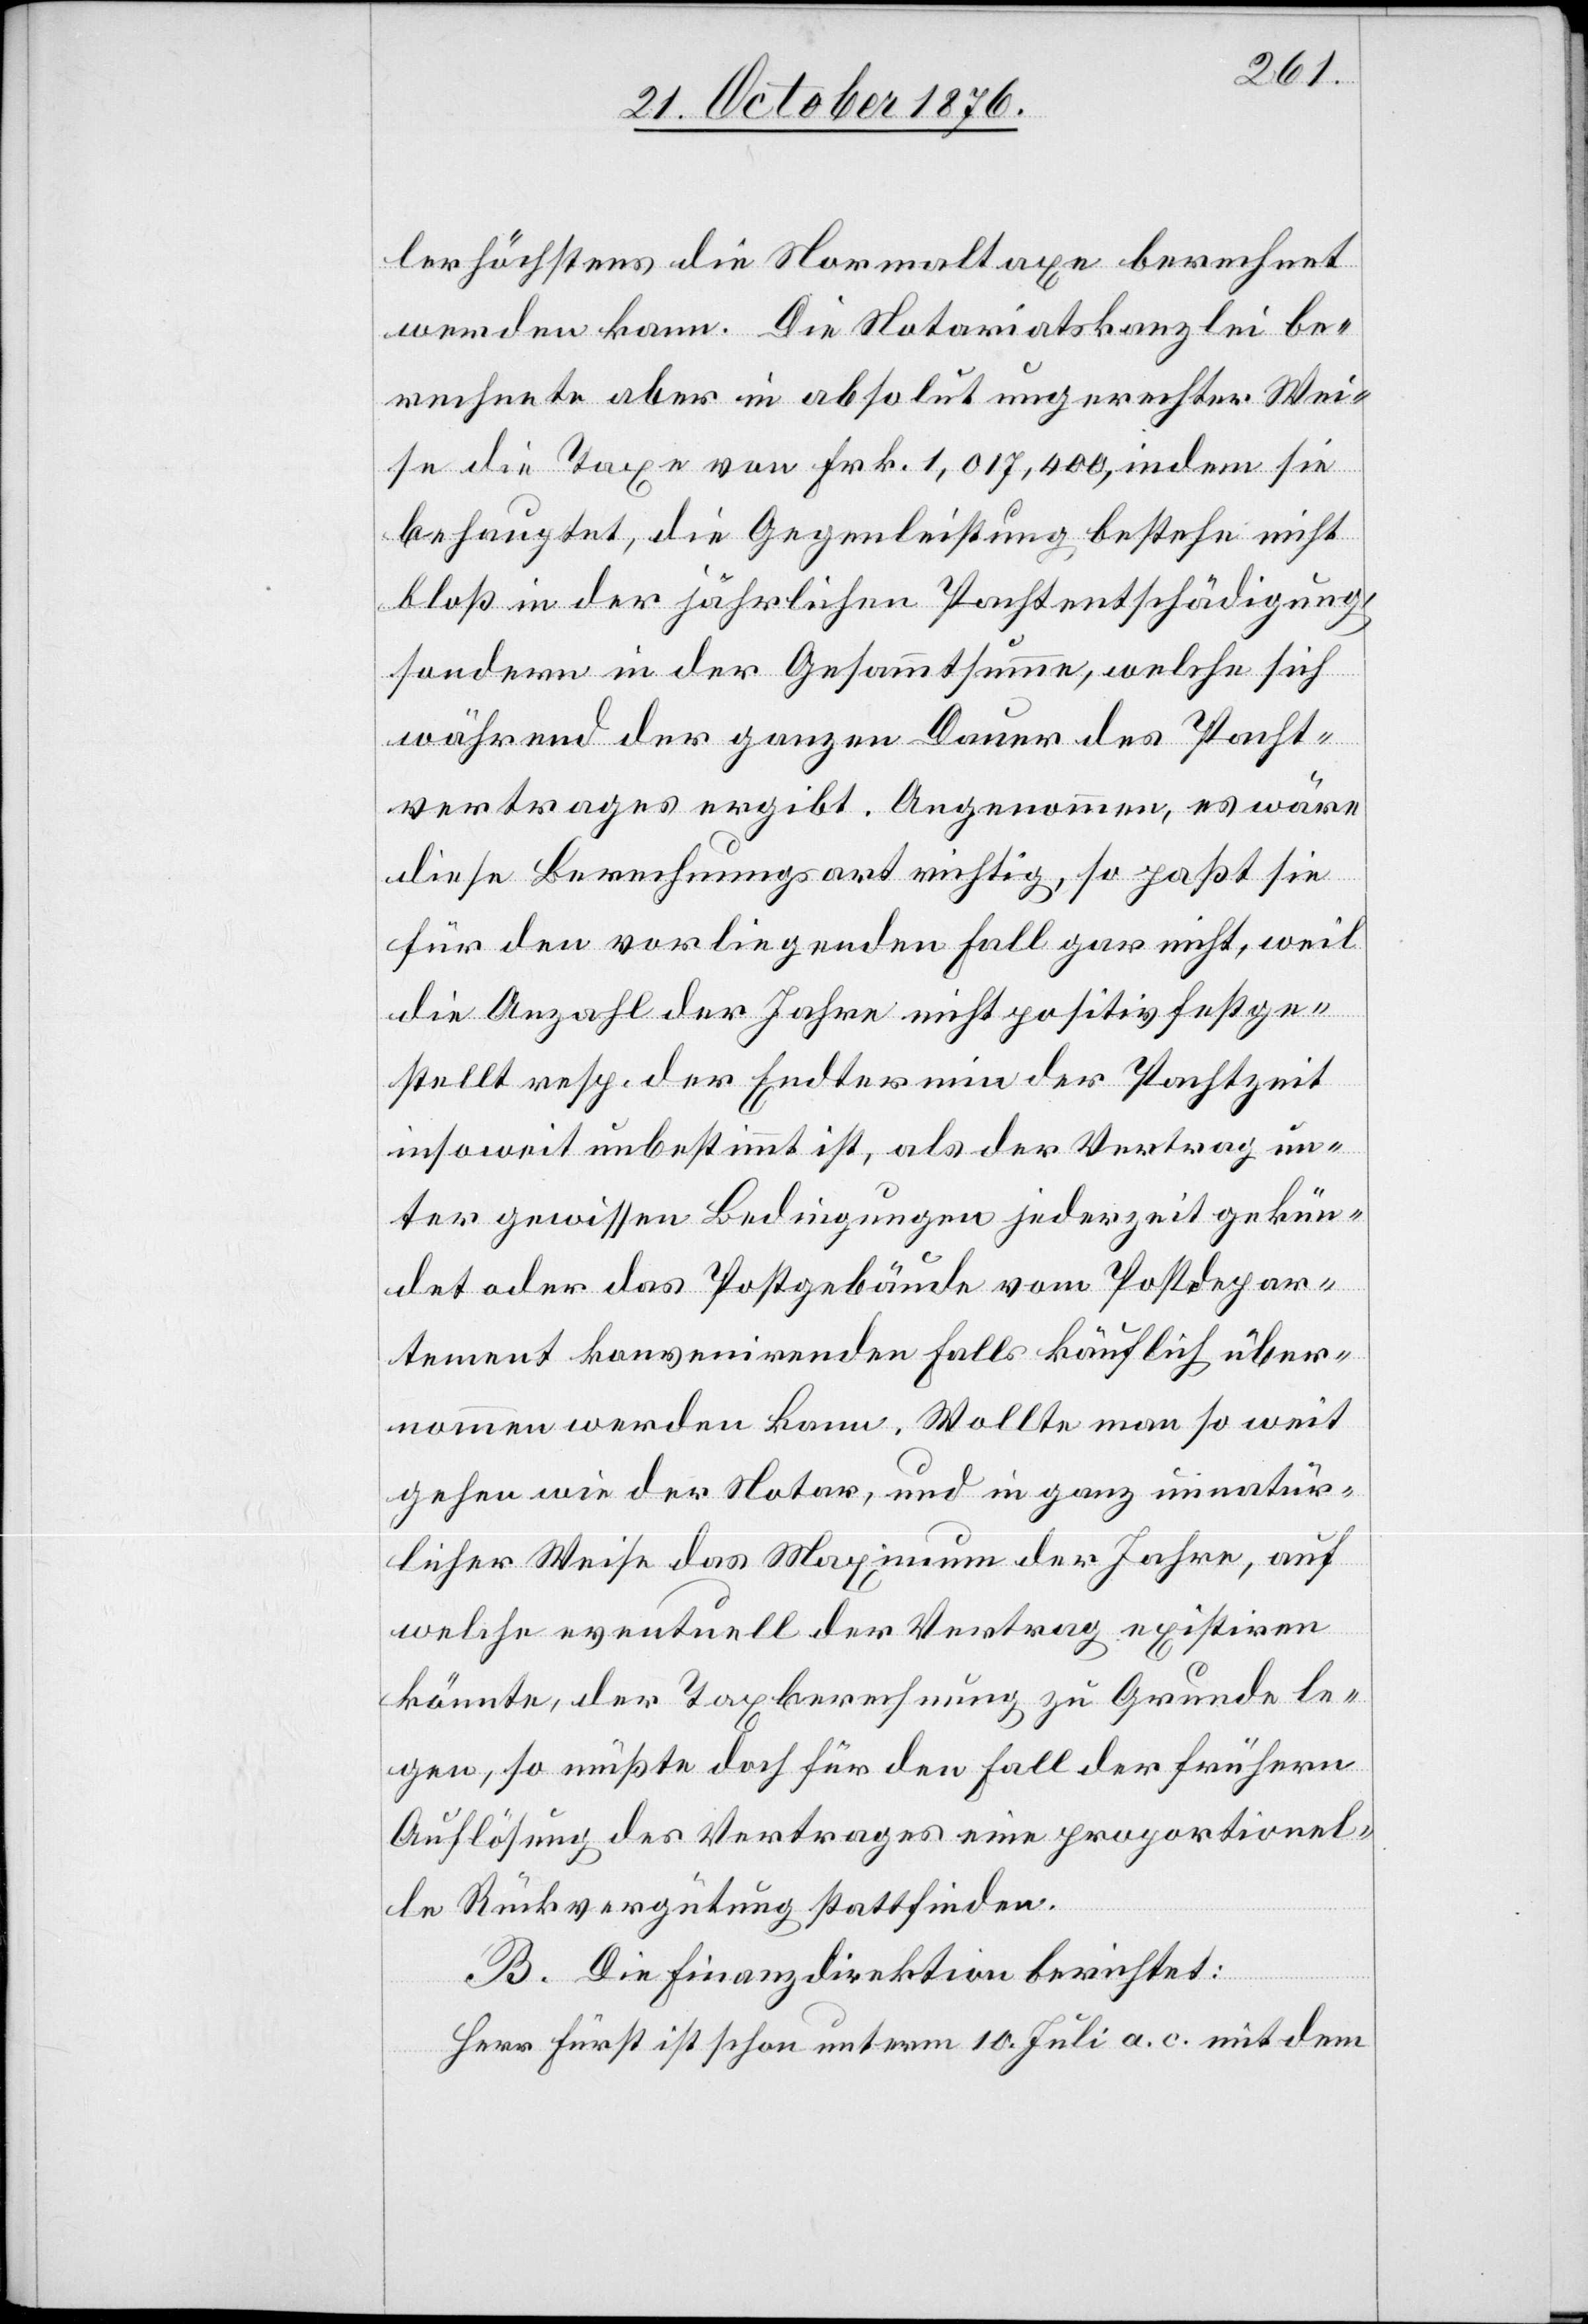
lerhöchstens die Normaltaxe berechnet
werden kann. Die Notariatskanzlei be¬
rechnete aber in absolut ungerechter Wei¬
behauptet, die Gegenleistung bestehe nicht
bloß in der jährlichen Pachtentschädigung,
sondern in der Gesammtsumme, welche sich
während der ganzen Dauer des Pacht¬
vertrages ergibt. Angenommen, es wäre
diese Berechnungsart richtig, so paße sie
für den vorliegenden Fall gar nicht, weil
die Anzahl der Jahre nicht positiv festge¬
stellt resp. der Endtermin der Pachtzeit
insoweit unbestimmt ist, als der Vertrag un¬
ter gewissen Bedingungen jederzeit gekün¬
det oder das Postgebäude vom Postdepar¬
tement konvenirenden Falls käuflich über¬
nommen werden kann. Wollte man so weit
gehen wie der Notar, und in ganz unnatür¬
licher Weise das Maximum der Jahre, auf
welche eventuell der Vertrag existiren
könnte, der Taxberechnung zu Grunde le¬
gen, so müßte doch für den Fall der frühern
Auflösung des Vertrages eine proportiona¬
le Rückvergütung stattfinden.
B. Die Finanzdirektion berichtet:
Herr Fürst ist schon unterm 10. Juli a. c. mit dem
sie